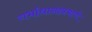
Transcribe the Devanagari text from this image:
गर्भाधानाप्रमाणे